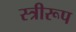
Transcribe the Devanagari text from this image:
स्त्रीरूप